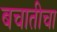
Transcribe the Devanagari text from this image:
बचातीचा